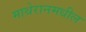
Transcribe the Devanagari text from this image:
माथेरानमधील